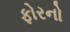
ફોરનો